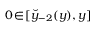
0 \! \in \! [ \breve { y } _ { - 2 } ( y ) , y ]